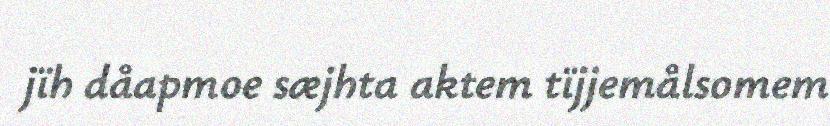
jïh dåapmoe sæjhta aktem tïjjemålsomem